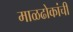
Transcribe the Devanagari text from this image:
माळढोकांची